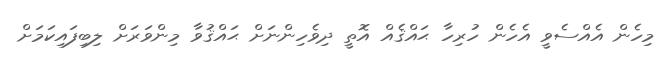
މިހެން އެއްސެވީ އެހެން ހުރިހާ ޙައްޤެއް އޮތީ ދިވެހިންނަށް ޙައްޤުވާ މިންވަރަށް ލިބިފައިކަމަށް